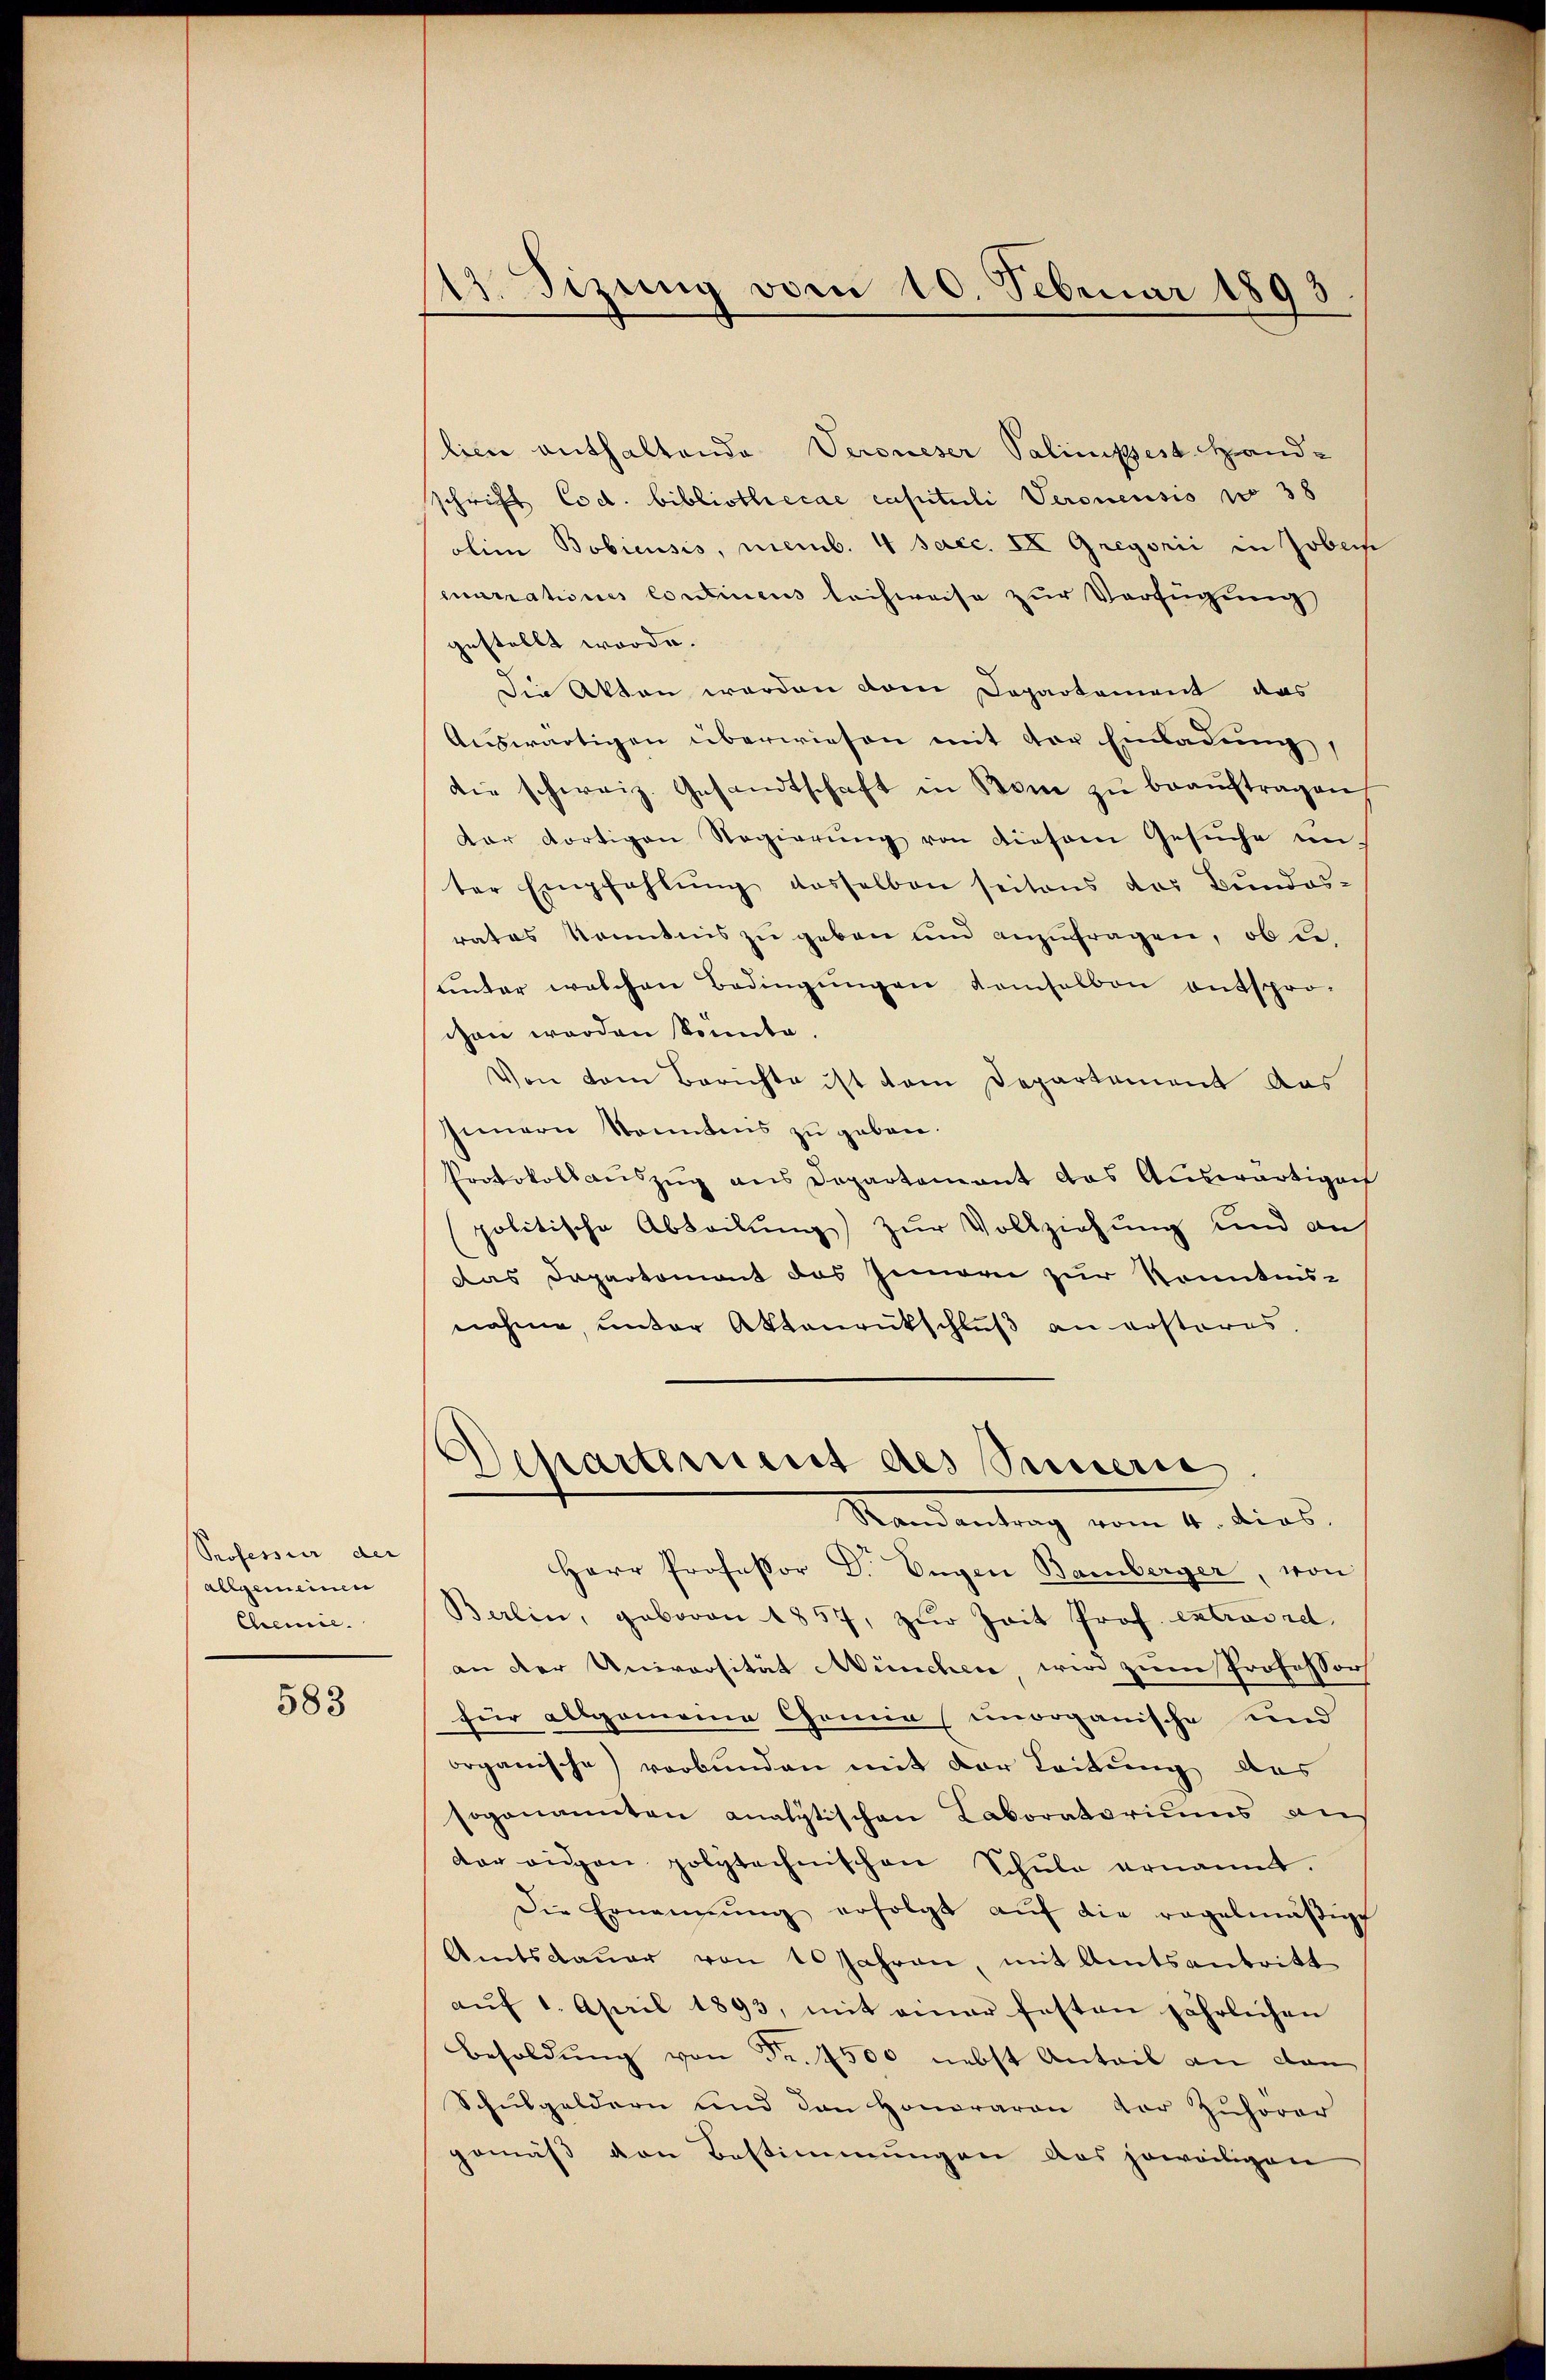
Professur der
allgemeinen
Chemie.

583

17. Sitzung vom 10. Februar 1893

lien enthaltende Veroneser Palinistes Hand-
schrift Cod. bibliothecae capituli Veronensis pr 38
olim Bobiensis, memb. 4 saec. IX Gregorii in Jobers
quatrationes Continens leihweise zur Verfügung
gestellt worde.
Die Akten werden vom Departement das
Auswärtigen überwiesen mit der Einladung,
die schweiz. Gesandtschaft in Bom zŭ beaŭftragen
dar dortigen Regierŭng von diesem Gesŭche im
ter Empfahlŭng dasselben seitens das Bundes-
rates Kenntnis zu geben und anzufragen, ob de
unter welchen Bedingungen demselben entspro-
chon werden konnte
Von dem Berichte ist dem Departement das
Innern Sonntnis zu geben.
Protokoll aŭszŭg ans Departement das Aŭswärtige
politische Abteilung zur Vollziehung und auf
Das Departement das Gemarie zur Kenntnis-
nahme, unter Aktenrückschluß an ersteres.
Departement des Succeri
Mandantung vom 4. dies
Herr Professor Dr. Eugen Bamberger, von
Berlin, geboren 1857, zŭr Zeit Prof. Extraord.
an der Universität München wird zum Professor
für allgemeine Gemein (unorganische und
organische) verbunden mit der Leitung das
sogenannten analytischen Laboratoriums and
der angen polytechnischen Schŭle ernannt.
Die Ernennung erfolgt aŭf die regelmäβig
Amtsdauer von 10 Jahren, mit Amtsantritt
aŭf 1. April 1893, mit einer festen jährlichen
Besoldŭng von Fr. 7500 nebst Anteil an dan
Schŭlgeldern und den Honoraron vor Zuhörer
gemäß von Bestimmungen das jeweiligen